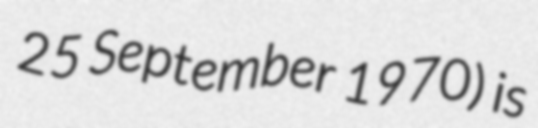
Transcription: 25 September 1970) is